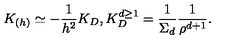
K _ { ( h ) } \simeq - { \frac { 1 } { h ^ { 2 } } } K _ { D } , K _ { D } ^ { d \geq 1 } = { \frac { 1 } { \Sigma _ { d } } } { \frac { 1 } { \rho ^ { d + 1 } } } .